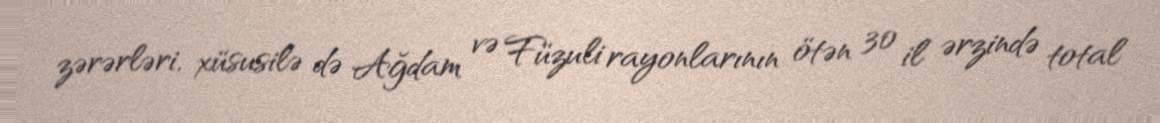
zərərləri, xüsusilə də Ağdam və Füzuli rayonlarının ötən 30 il ərzində total